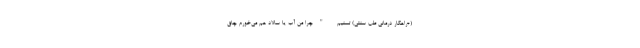
(+راهکار درمانی طب سنتی) تسنیم - "چرا من آب یا سالاد هم می‌خورم چاق